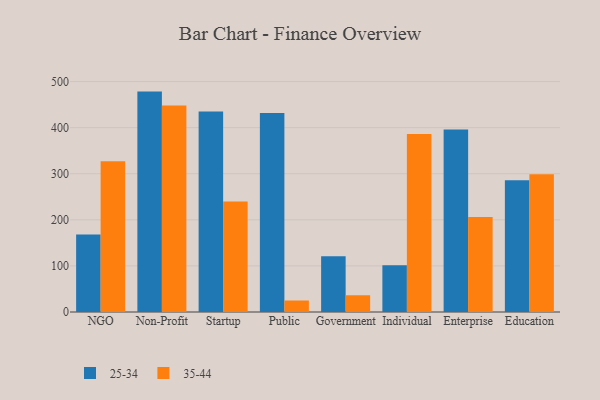
{"axis": {"x": "Segment", "y": "Shipments"}, "legend": ["25-34", "35-44"], "data": [{"x": "NGO", "y": 167.9, "type": "25-34"}, {"x": "NGO", "y": 327.1, "type": "35-44"}, {"x": "Non-Profit", "y": 478.2, "type": "25-34"}, {"x": "Non-Profit", "y": 448.3, "type": "35-44"}, {"x": "Startup", "y": 434.8, "type": "25-34"}, {"x": "Startup", "y": 239.7, "type": "35-44"}, {"x": "Public", "y": 431.6, "type": "25-34"}, {"x": "Public", "y": 24.9, "type": "35-44"}, {"x": "Government", "y": 120.8, "type": "25-34"}, {"x": "Government", "y": 36.3, "type": "35-44"}, {"x": "Individual", "y": 101.5, "type": "25-34"}, {"x": "Individual", "y": 386.3, "type": "35-44"}, {"x": "Enterprise", "y": 395.8, "type": "25-34"}, {"x": "Enterprise", "y": 206.0, "type": "35-44"}, {"x": "Education", "y": 285.6, "type": "25-34"}, {"x": "Education", "y": 298.8, "type": "35-44"}]}